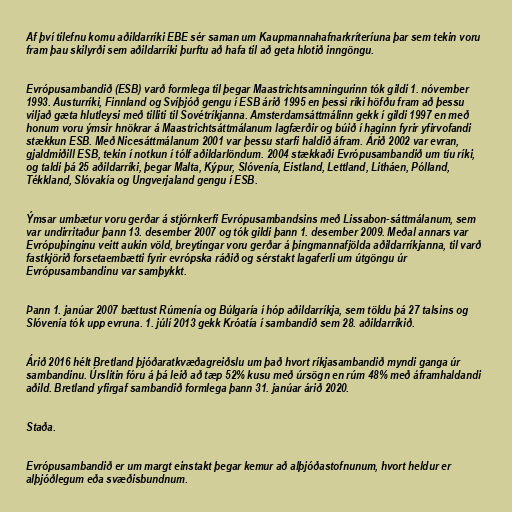
Af því tilefnu komu aðildarríki EBE sér saman um Kaupmannahafnarkríteríuna þar sem tekin voru
fram þau skilyrði sem aðildarríki þurftu að hafa til að geta hlotið inngöngu.

Evrópusambandið (ESB) varð formlega til þegar Maastrichtsamningurinn tók gildi 1. nóvember
1993. Austurríki, Finnland og Svíþjóð gengu í ESB árið 1995 en þessi ríki höfðu fram að þessu
viljað gæta hlutleysi með tilliti til Sovétríkjanna. Amsterdamsáttmálinn gekk í gildi 1997 en með
honum voru ýmsir hnökrar á Maastrichtsáttmálanum lagfærðir og búið í haginn fyrir yfirvofandi
stækkun ESB. Með Nicesáttmálanum 2001 var þessu starfi haldið áfram. Árið 2002 var evran,
gjaldmiðill ESB, tekin í notkun í tólf aðildarlöndum. 2004 stækkaði Evrópusambandið um tíu ríki,
og taldi þá 25 aðildarríki, þegar Malta, Kýpur, Slóvenía, Eistland, Lettland, Litháen, Pólland,
Tékkland, Slóvakía og Ungverjaland gengu í ESB.

Ýmsar umbætur voru gerðar á stjórnkerfi Evrópusambandsins með Lissabon-sáttmálanum, sem
var undirritaður þann 13. desember 2007 og tók gildi þann 1. desember 2009. Meðal annars var
Evrópuþinginu veitt aukin völd, breytingar voru gerðar á þingmannafjölda aðildarríkjanna, til varð
fastkjörið forsetaembætti fyrir evrópska ráðið og sérstakt lagaferli um útgöngu úr
Evrópusambandinu var samþykkt.

Þann 1. janúar 2007 bættust Rúmenía og Búlgaría í hóp aðildarríkja, sem töldu þá 27 talsins og
Slóvenía tók upp evruna. 1. júlí 2013 gekk Króatía í sambandið sem 28. aðildarríkið.

Árið 2016 hélt Bretland þjóðaratkvæðagreiðslu um það hvort ríkjasambandið myndi ganga úr
sambandinu. Úrslitin fóru á þá leið að tæp 52% kusu með úrsögn en rúm 48% með áframhaldandi
aðild. Bretland yfirgaf sambandið formlega þann 31. janúar árið 2020.

Staða.

Evrópusambandið er um margt einstakt þegar kemur að alþjóðastofnunum, hvort heldur er
alþjóðlegum eða svæðisbundnum.